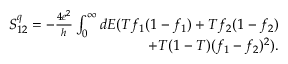
\begin{array} { r } { { S _ { 1 2 } ^ { q } = - \frac { 4 e ^ { 2 } } { h } \int _ { 0 } ^ { \infty } d E ( T f _ { 1 } ( 1 - f _ { 1 } ) + T f _ { 2 } ( 1 - f _ { 2 } ) } } \\ { { + T ( 1 - T ) ( f _ { 1 } - f _ { 2 } ) ^ { 2 } ) } . } \end{array}